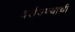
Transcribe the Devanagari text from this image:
वर्तवण्याची